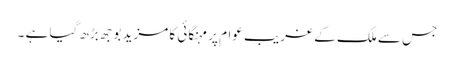
جس سے ملک کے غریب عوام پر مہنگائی کا مزید بوجھ بڑھ گیا ہے ۔